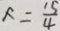
x = \frac { 1 5 } { 4 }